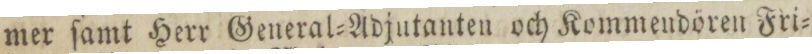
mer ſamt Herr General=Adjutanten och Kommendören Fri=